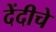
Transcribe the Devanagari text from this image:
देंदीचे